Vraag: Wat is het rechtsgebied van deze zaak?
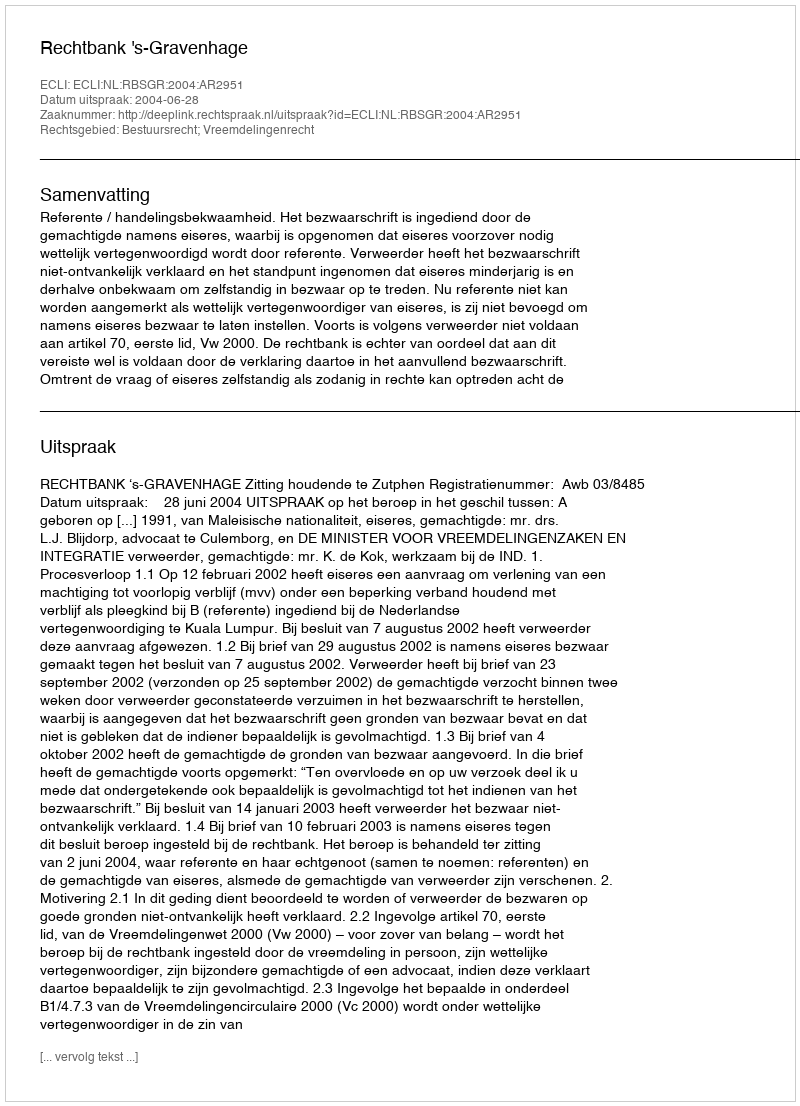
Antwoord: Bestuursrecht; Vreemdelingenrecht